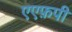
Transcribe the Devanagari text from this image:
एएफ़पी